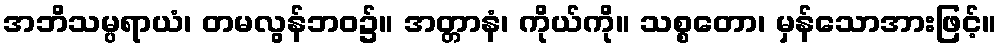
အဘိသမ္ပရာယံ၊ တမလွန်ဘဝ၌။ အတ္တာနံ၊ ကိုယ်ကို။ သစ္စတော၊ မှန်သောအားဖြင့်။